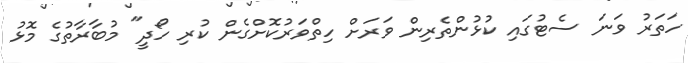
ހަތަރު ވަނަ ސެޓުގައި ކުޅުންތެރިން ވަރަށް ހިތްވަރުކޮށްގެން ކުރި ހޯދީ" މުބާރާތުގެ މޮޅު